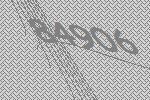
84906